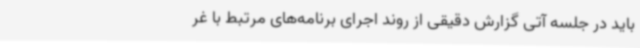
باید در جلسه آتی گزارش دقیقی از روند اجرای برنامه‌های مرتبط با غر